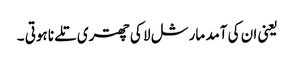
یعنی ان کی آمد مارشل لا کی چھتری تلے نا ہوتی ۔